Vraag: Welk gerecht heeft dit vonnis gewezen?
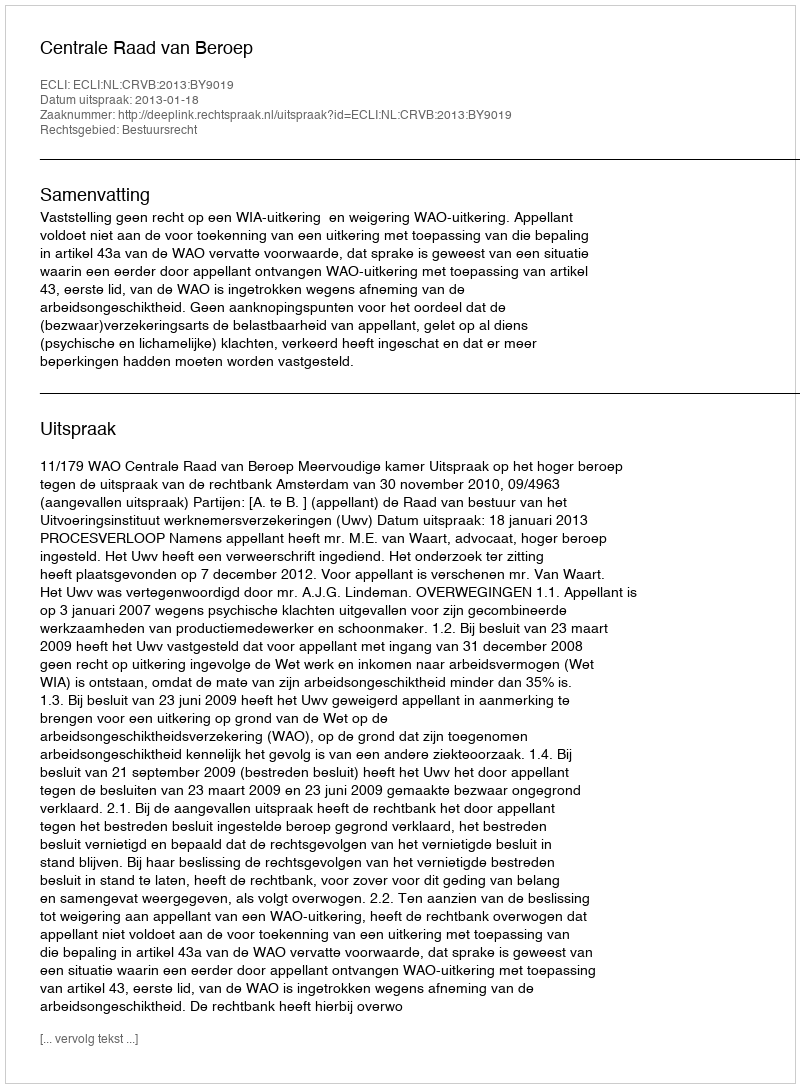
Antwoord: Centrale Raad van Beroep